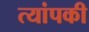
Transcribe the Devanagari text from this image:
त्यांपकी